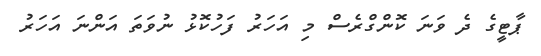
ޕާޓީގެ ދެ ވަނަ ކޮންގްރެސް މި އަހަރު ފަހުކޮޅު ނުވަތަ އަންނަ އަހަރު